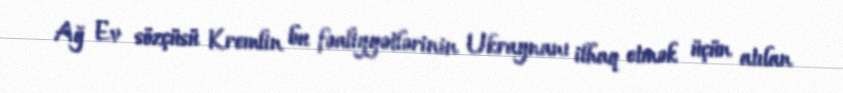
Ağ Ev sözçüsü Kremlin bu fəaliyyətlərinin Ukraynanı ilhaq etmək üçün atılan